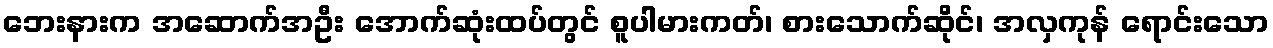
ဘေးနားက အဆောက်အဦး အောက်ဆုံးထပ်တွင် စူပါမားကတ်၊ စားသောက်ဆိုင်၊ အလှကုန် ရောင်းသော